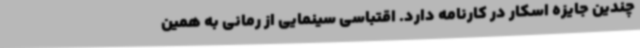
چندین جایزه اسکار در کارنامه دارد. اقتباسی سینمایی از رمانی به همین